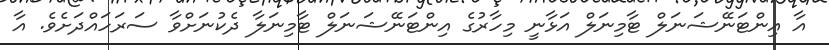
އާ އިންޓަނޭޝަނަލް ޓާމިނަލް އަޅާނީ މިހާރުގެ އިންޓަނޭޝަނަލް ޓާމިނަލާ ދެކުނަށްވާ ސަރަހައްދަށެވެ. އާ